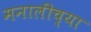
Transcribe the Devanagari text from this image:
मनालीच्या